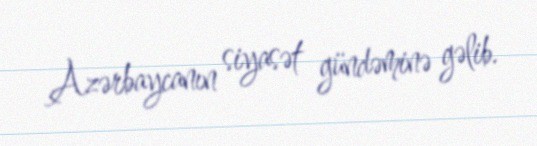
Azərbaycanın siyasət gündəminə gəlib.